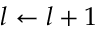
l \leftarrow l + 1